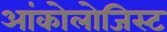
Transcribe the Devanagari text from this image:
आंकोलोजिस्ट